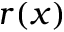
r ( x )